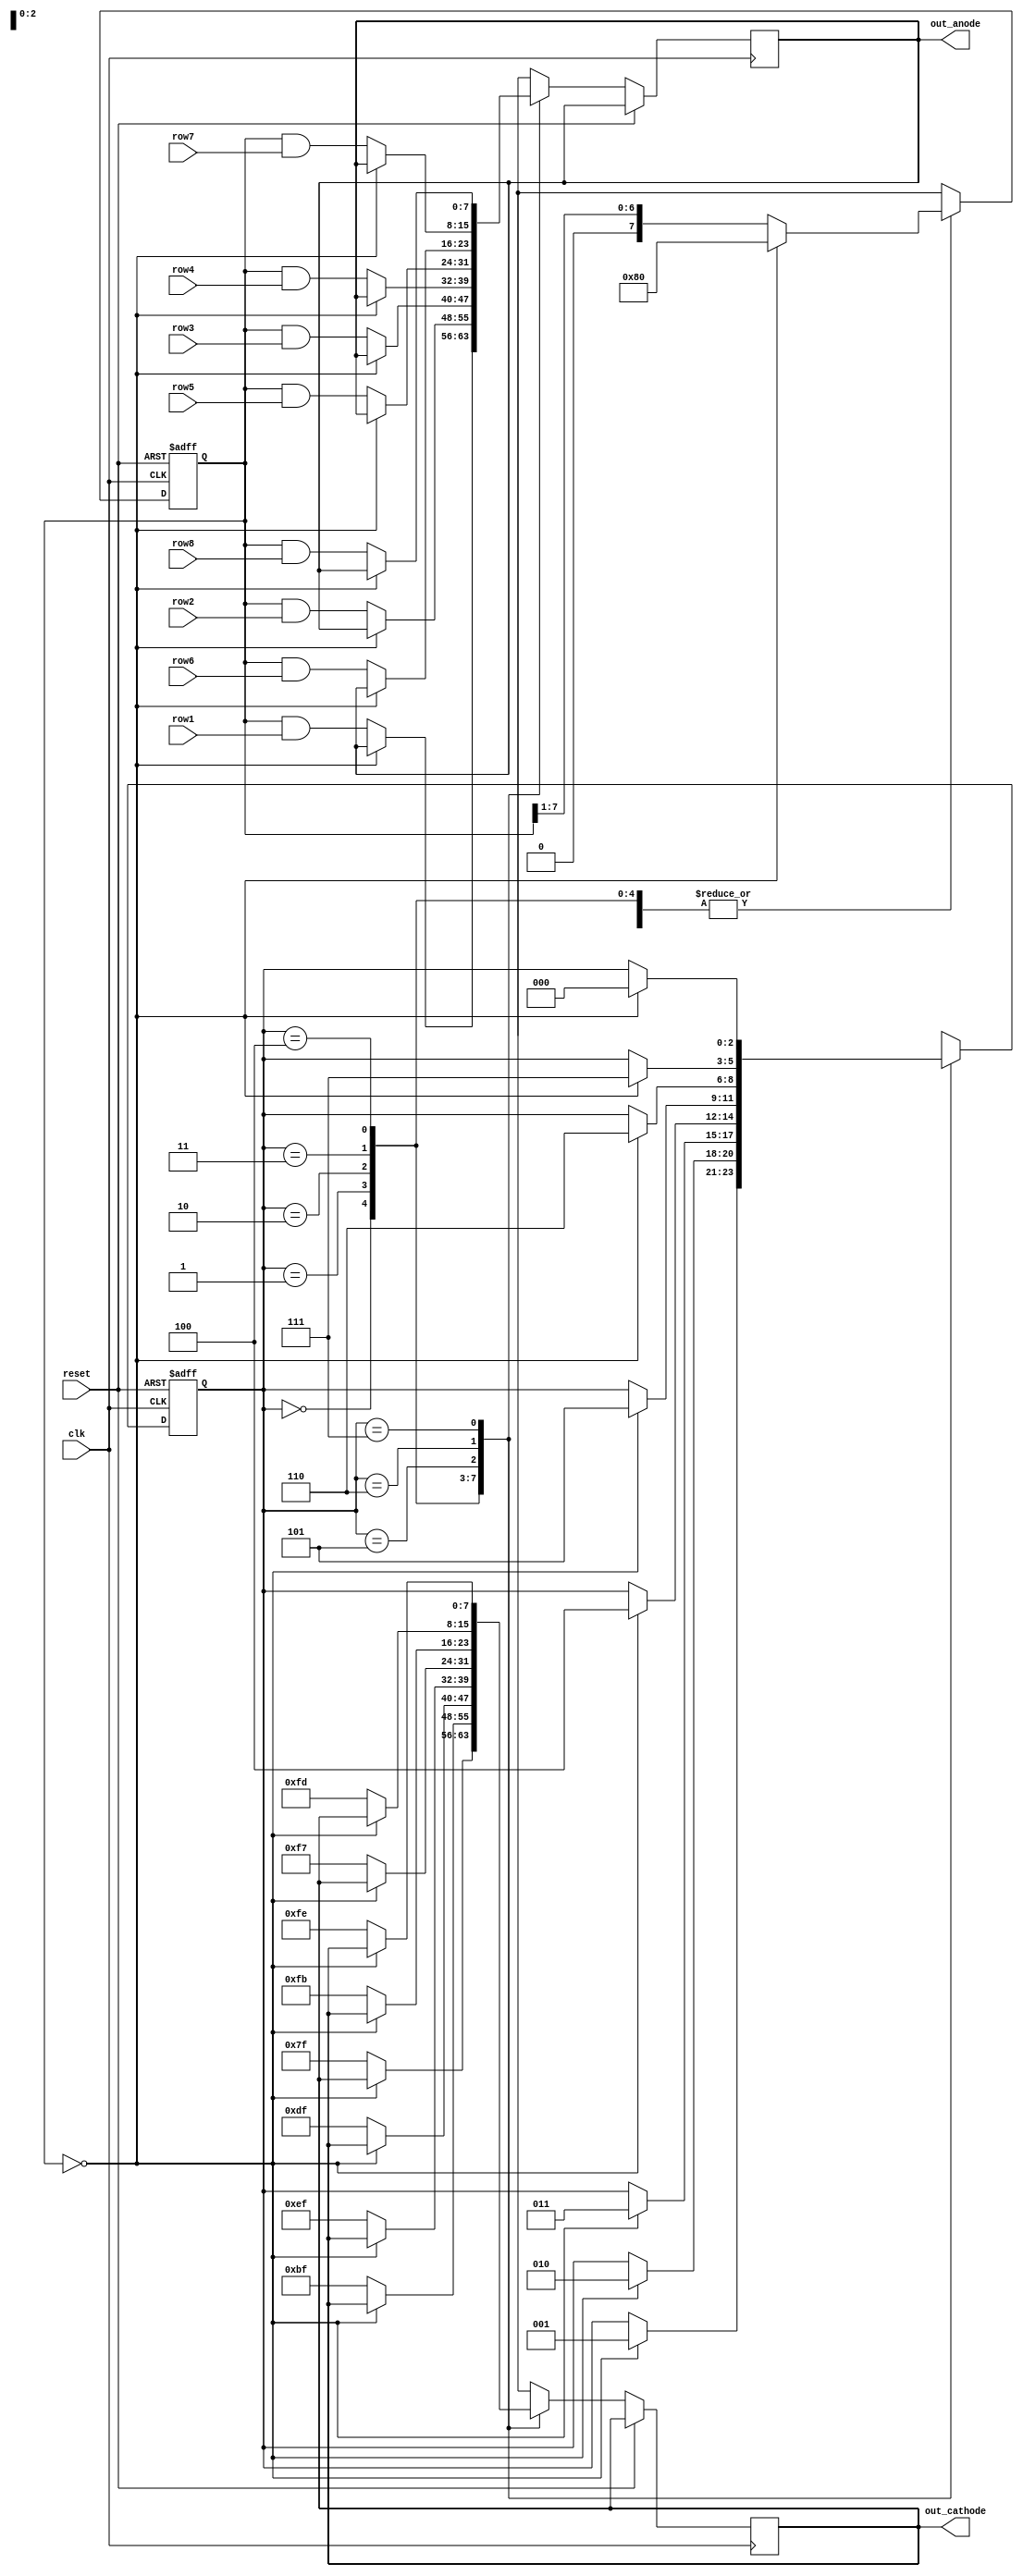
module LED_driver_test_lower_level(clk,reset,out_cathode,out_anode,row1,row2,row3,row4,row5,row6,row7,row8);
input clk, reset;

input [7:0] row1,row2,row3,row4,row5,row6,row7,row8;

output reg [7:0] out_cathode,out_anode;

reg [2:0] count;

reg[7:0] count2;

always@(posedge clk,posedge reset) begin
if(reset == 1) begin
count = 3'b0;
count2 = 8'b10000000;
end else begin
	case(count)
	3'b0: begin
		if(count2 == 8'b0) begin
		count = 3'b1;
		count2 = 8'b10000000;
		end else begin
		out_anode = count2&row1;
		out_cathode = 8'b01111111;
		count2 = count2 >> 1;
		end
	end
	3'b1: begin
		if(count2 == 8'b0) begin
		count = 3'b10;
		count2 = 8'b10000000;
		end else begin
		out_anode = count2&row2;
		out_cathode = 8'b10111111;
		count2 = count2 >> 1;
		end
	end
	3'b10: begin
		if(count2 == 8'b0) begin
		count = 3'b11;
		count2 = 8'b10000000;
		end else begin
		out_anode = count2&row3;
		out_cathode = 8'b11011111;
		count2 = count2 >> 1;
		end
	end
	3'b11: begin
		if(count2 == 8'b0) begin
		count = 3'b100;
		count2 = 8'b10000000;
		end else begin
		out_anode = count2&row4;
		out_cathode = 8'b11101111;
		count2 = count2 >> 1;
		end
	end
	3'b100: begin
		if(count2 == 8'b0) begin
		count = 3'b101;
		count2 = 8'b10000000;
		end else begin
		out_anode = count2&row5;
		out_cathode = 8'b11110111;
		count2 = count2 >> 1;
		end
	end
	3'b101: begin
		if(count2 == 8'b0) begin
		count = 3'b110;
		count2 = 8'b10000000;
		end else begin
		out_anode = count2&row6;
		out_cathode = 8'b11111011;
		count2 = count2 >> 1;
		end
	end
	3'b110: begin
		if(count2 == 8'b0) begin
		count = 3'b111;
		count2 = 8'b10000000;
		end else begin
		out_anode = count2&row7;
		out_cathode = 8'b11111101;
		count2 = count2 >> 1;
		end
	end
	3'b111: begin
		if(count2 == 8'b0) begin
		count = 3'b0;
		count2 = 8'b10000000;
		end else begin
		out_anode = count2&row8;
		out_cathode = 8'b11111110;
		count2 = count2 >> 1;
		end
	end
	default: begin
	out_anode = 8'b10000000;
	out_cathode = 8'b11111110;
	count = 3'b0;
	end
	endcase

end
end

endmodule

//8'b00100100
//8'b01011010
//8'b10000001
//8'b01000010
//8'b00100100
//8'b00011000
//8'b01111110
//8'b10000001